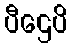
ပီဌေပိ